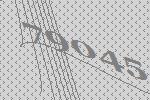
79045